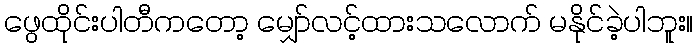
ဖွေထိုင်းပါတီကတော့ မျှော်လင့်ထားသလောက် မနိုင်ခဲ့ပါဘူး။